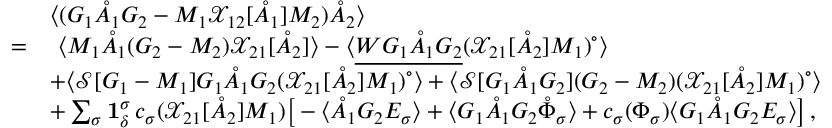
\begin{array} { r l } & { \langle ( G _ { 1 } \mathring { A } _ { 1 } G _ { 2 } - M _ { 1 } \mathcal { X } _ { 1 2 } [ \mathring { A } _ { 1 } ] M _ { 2 } ) \mathring { A } _ { 2 } \rangle } \\ { = } & { \ \langle M _ { 1 } \mathring { A } _ { 1 } ( G _ { 2 } - M _ { 2 } ) { \mathcal { X } } _ { 2 1 } [ \mathring { A } _ { 2 } ] \rangle - \langle \underline { { W G _ { 1 } \mathring { A } _ { 1 } G _ { 2 } } } ( { \mathcal { X } } _ { 2 1 } [ \mathring { A } _ { 2 } ] M _ { 1 } ) ^ { \circ } \rangle } \\ & { + \langle \mathcal { S } [ G _ { 1 } - M _ { 1 } ] G _ { 1 } \mathring { A } _ { 1 } G _ { 2 } ( { \mathcal { X } } _ { 2 1 } [ \mathring { A } _ { 2 } ] M _ { 1 } ) ^ { \circ } \rangle + \langle \mathcal { S } [ G _ { 1 } \mathring { A } _ { 1 } G _ { 2 } ] ( G _ { 2 } - M _ { 2 } ) ( { \mathcal { X } } _ { 2 1 } [ \mathring { A } _ { 2 } ] M _ { 1 } ) ^ { \circ } \rangle } \\ & { + \sum _ { \sigma } \mathbf { 1 } _ { \delta } ^ { \sigma } \, c _ { \sigma } ( { \mathcal { X } } _ { 2 1 } [ \mathring { A } _ { 2 } ] M _ { 1 } ) \big [ - \langle \mathring { A } _ { 1 } G _ { 2 } E _ { \sigma } \rangle + \langle G _ { 1 } \mathring { A } _ { 1 } G _ { 2 } \mathring { \Phi } _ { \sigma } \rangle + c _ { \sigma } ( \Phi _ { \sigma } ) \langle G _ { 1 } \mathring { A } _ { 1 } G _ { 2 } E _ { \sigma } \rangle \big ] \, , } \end{array}